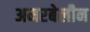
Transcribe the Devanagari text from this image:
अमरबेलीन